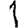
Digit: 1